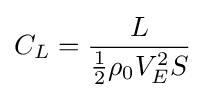
C_{L}={\frac {L}{{\frac {1}{2}}\rho _{0}V_{E}^{2}S}}